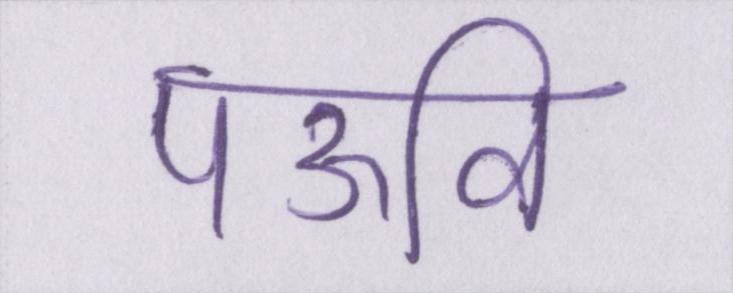
पऊवि